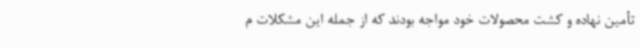
تأمین نهاده و کشت محصولات خود مواجه بودند که از جمله این مشکلات م